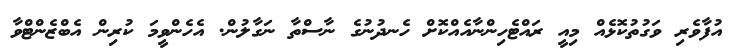
އުފާވެރި ވަގުތުކޮޅެއް މިއީ ރައްޓެހިންނާއެއްކޮށް ހެނދުނުގެ ނާސްތާ ނަގާލުން. އެހެންވީމަ ކުރިން އެބްޒެންޓްވާ